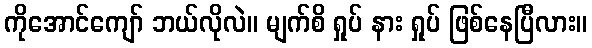
ကိုအောင်ကျော် ဘယ်လိုလဲ။ မျက်စိ ရှုပ် နား ရှုပ် ဖြစ်နေပြီလား။